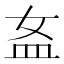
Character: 𥁅